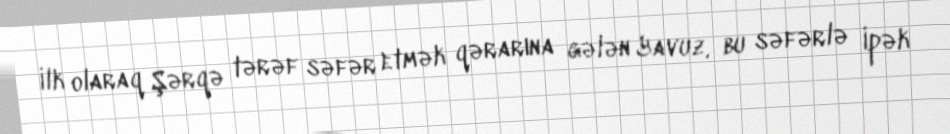
İlk olaraq Şərqə tərəf səfər etmək qərarına gələn Yavuz, bu səfərlə İpək